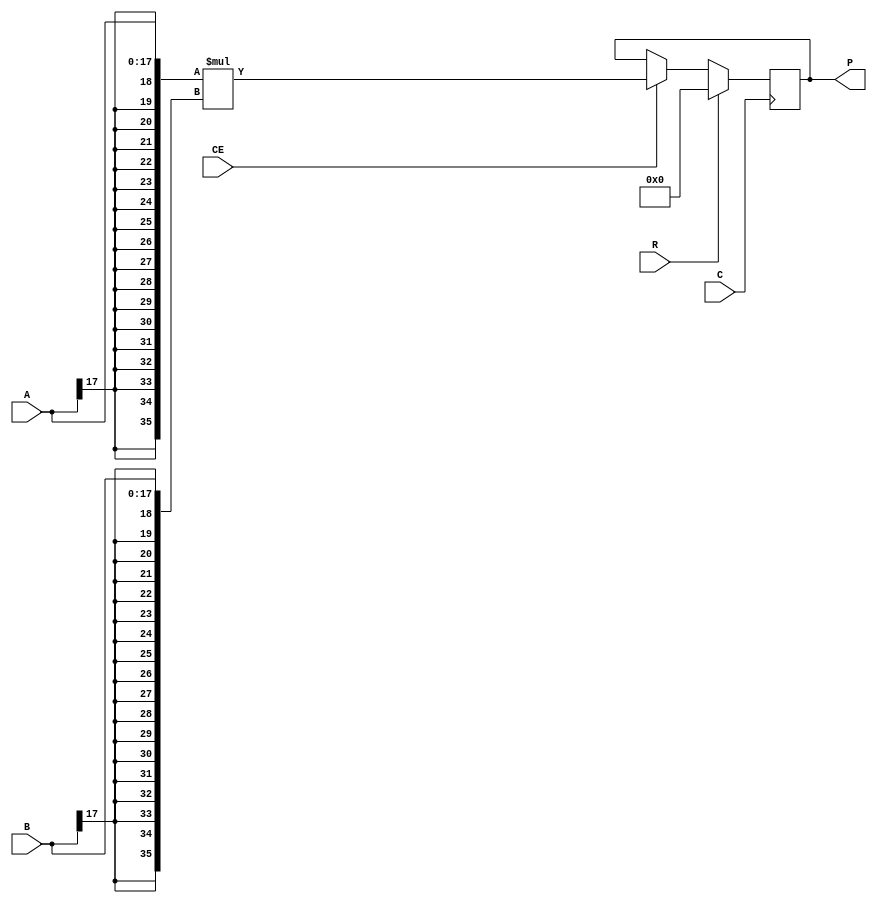
//    Xilinx Proprietary Primitive Cell X_MULT18X18S for Verilog
//
// $Header: /devl/xcs/repo/env/Databases/CAEInterfaces/verplex_libs/data/simprims/X_MULT18X18S.v,v 1.3.198.3 2004/09/28 20:47:46 wloo Exp $
//

//`celldefine
`timescale 1 ps/1 ps

module X_MULT18X18S (P, A, B, C, CE, R);

    output [35:0] P;

    input  [17:0] A;
    input  [17:0] B;
    input  C;
    input  CE;
    input  R;

    wire [35:0] a_in, b_in;
    wire c_in, ce_in, r_in;
    wire [35:0] p_in;
    reg [35:0] p_out;

    wire p0_out, p1_out, p2_out, p3_out, p4_out, p5_out, p6_out, p7_out, p8_out, p9_out, p10_out, p11_out, p12_out, p13_out, p14_out, p15_out, p16_out, p17_out, p18_out, p19_out, p20_out, p21_out, p22_out, p23_out, p24_out, p25_out, p26_out, p27_out, p28_out, p29_out, p30_out, p31_out, p32_out, p33_out, p34_out, p35_out;

    wire ce_enable, d_enable, not_r;
    reg  notifier;

    not (ce_enable, R);
    not (not_r, R);
    and (d_enable, CE, not_r);

    buf A0 (a_in[0], A[0]);
    buf A1 (a_in[1], A[1]);
    buf A2 (a_in[2], A[2]);
    buf A3 (a_in[3], A[3]);
    buf A4 (a_in[4], A[4]);
    buf A5 (a_in[5], A[5]);
    buf A6 (a_in[6], A[6]);
    buf A7 (a_in[7], A[7]);
    buf A8 (a_in[8], A[8]);
    buf A9 (a_in[9], A[9]);
    buf A10 (a_in[10], A[10]);
    buf A11 (a_in[11], A[11]);
    buf A12 (a_in[12], A[12]);
    buf A13 (a_in[13], A[13]);
    buf A14 (a_in[14], A[14]);
    buf A15 (a_in[15], A[15]);
    buf A16 (a_in[16], A[16]);
    buf A17 (a_in[17], A[17]);
    buf A18 (a_in[18], A[17]);
    buf A19 (a_in[19], A[17]);
    buf A20 (a_in[20], A[17]);
    buf A21 (a_in[21], A[17]);
    buf A22 (a_in[22], A[17]);
    buf A23 (a_in[23], A[17]);
    buf A24 (a_in[24], A[17]);
    buf A25 (a_in[25], A[17]);
    buf A26 (a_in[26], A[17]);
    buf A27 (a_in[27], A[17]);
    buf A28 (a_in[28], A[17]);
    buf A29 (a_in[29], A[17]);
    buf A30 (a_in[30], A[17]);
    buf A31 (a_in[31], A[17]);
    buf A32 (a_in[32], A[17]);
    buf A33 (a_in[33], A[17]);
    buf A34 (a_in[34], A[17]);
    buf A35 (a_in[35], A[17]);
    buf B0 (b_in[0], B[0]);
    buf B1 (b_in[1], B[1]);
    buf B2 (b_in[2], B[2]);
    buf B3 (b_in[3], B[3]);
    buf B4 (b_in[4], B[4]);
    buf B5 (b_in[5], B[5]);
    buf B6 (b_in[6], B[6]);
    buf B7 (b_in[7], B[7]);
    buf B8 (b_in[8], B[8]);
    buf B9 (b_in[9], B[9]);
    buf B10 (b_in[10], B[10]);
    buf B11 (b_in[11], B[11]);
    buf B12 (b_in[12], B[12]);
    buf B13 (b_in[13], B[13]);
    buf B14 (b_in[14], B[14]);
    buf B15 (b_in[15], B[15]);
    buf B16 (b_in[16], B[16]);
    buf B17 (b_in[17], B[17]);
    buf B18 (b_in[18], B[17]);
    buf B19 (b_in[19], B[17]);
    buf B20 (b_in[20], B[17]);
    buf B21 (b_in[21], B[17]);
    buf B22 (b_in[22], B[17]);
    buf B23 (b_in[23], B[17]);
    buf B24 (b_in[24], B[17]);
    buf B25 (b_in[25], B[17]);
    buf B26 (b_in[26], B[17]);
    buf B27 (b_in[27], B[17]);
    buf B28 (b_in[28], B[17]);
    buf B29 (b_in[29], B[17]);
    buf B30 (b_in[30], B[17]);
    buf B31 (b_in[31], B[17]);
    buf B32 (b_in[32], B[17]);
    buf B33 (b_in[33], B[17]);
    buf B34 (b_in[34], B[17]);
    buf B35 (b_in[35], B[17]);

    buf C0 (c_in, C);
    buf CE0 (ce_in, CE);
    buf R0 (r_in, R);

    buf P0 (P[0], p0_out);
    buf P1 (P[1], p1_out);
    buf P2 (P[2], p2_out);
    buf P3 (P[3], p3_out);
    buf P4 (P[4], p4_out);
    buf P5 (P[5], p5_out);
    buf P6 (P[6], p6_out);
    buf P7 (P[7], p7_out);
    buf P8 (P[8], p8_out);
    buf P9 (P[9], p9_out);
    buf P10 (P[10], p10_out);
    buf P11 (P[11], p11_out);
    buf P12 (P[12], p12_out);
    buf P13 (P[13], p13_out);
    buf P14 (P[14], p14_out);
    buf P15 (P[15], p15_out);
    buf P16 (P[16], p16_out);
    buf P17 (P[17], p17_out);
    buf P18 (P[18], p18_out);
    buf P19 (P[19], p19_out);
    buf P20 (P[20], p20_out);
    buf P21 (P[21], p21_out);
    buf P22 (P[22], p22_out);
    buf P23 (P[23], p23_out);
    buf P24 (P[24], p24_out);
    buf P25 (P[25], p25_out);
    buf P26 (P[26], p26_out);
    buf P27 (P[27], p27_out);
    buf P28 (P[28], p28_out);
    buf P29 (P[29], p29_out);
    buf P30 (P[30], p30_out);
    buf P31 (P[31], p31_out);
    buf P32 (P[32], p32_out);
    buf P33 (P[33], p33_out);
    buf P34 (P[34], p34_out);
    buf P35 (P[35], p35_out);

    assign p_in = a_in * b_in;
    assign {p35_out, p34_out, p33_out, p32_out, p31_out, p30_out, p29_out, p28_out, p27_out, p26_out, p25_out, p24_out, p23_out, p22_out, p21_out, p20_out, p19_out, p18_out, p17_out, p16_out, p15_out, p14_out, p13_out, p12_out, p11_out, p10_out, p9_out, p8_out, p7_out, p6_out, p5_out, p4_out, p3_out, p2_out, p1_out, p0_out} = p_out;

        always @(posedge c_in)
            if (R)
                p_out <= 36'b0;
            else if (ce_in)
                p_out <= p_in;

endmodule